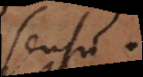
sensu.